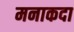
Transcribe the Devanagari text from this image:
मनाकदा